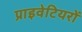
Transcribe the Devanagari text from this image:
प्राइवेटियरों